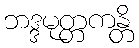
ဘဒ္ဒမုတ္တကန္တိ